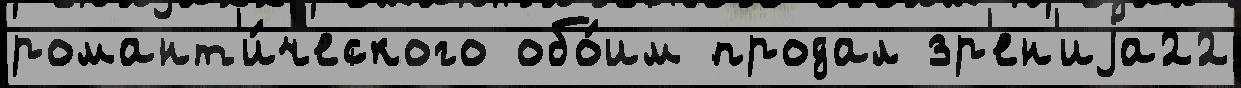
романт'и́ческого обо́им продал зр'ен'иjа22